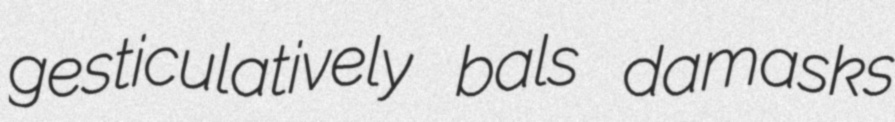
gesticulatively bals damasks